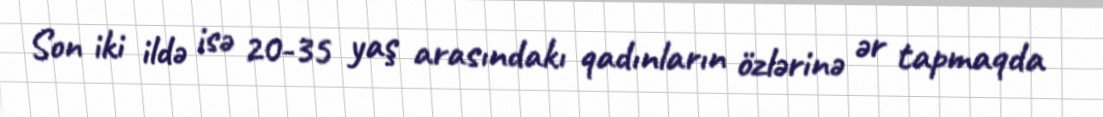
Son iki ildə isə 20-35 yaş arasındakı qadınların özlərinə ər tapmaqda